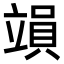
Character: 𥪩